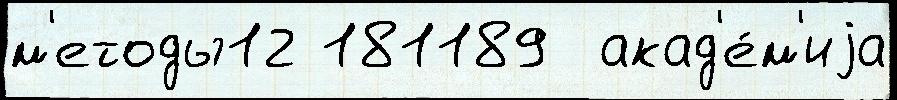
м'етоды12 181189  акад'е́м'иjа